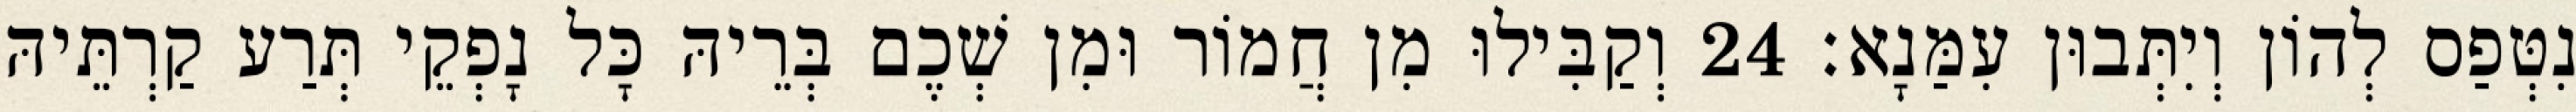
נִטְּפַס לְהוֹן וְיִתְּבוּן עִמַּנָא׃ 24 וְקַבִּילוּ מִן חֲמוֹר וּמִן שְׁכֶם בְּרֵיהּ כָּל נָפְקֵי תְּרַע קַרְתֵּיהּ